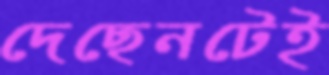
দেছেনটেই